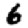
Digit: 6